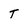
Character: T